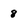
Character: 8